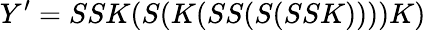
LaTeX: Y^{\prime}=SSK(S(K(SS(S(SSK))))K)